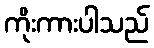
ကိုးကားပါသည်